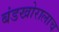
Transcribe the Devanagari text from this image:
बंडखोरालाच